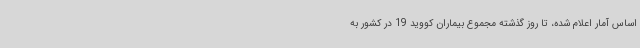
اساس آمار اعلام شده، تا روز گذشته مجموع بیماران کووید 19 در کشور به